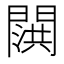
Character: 𬮍